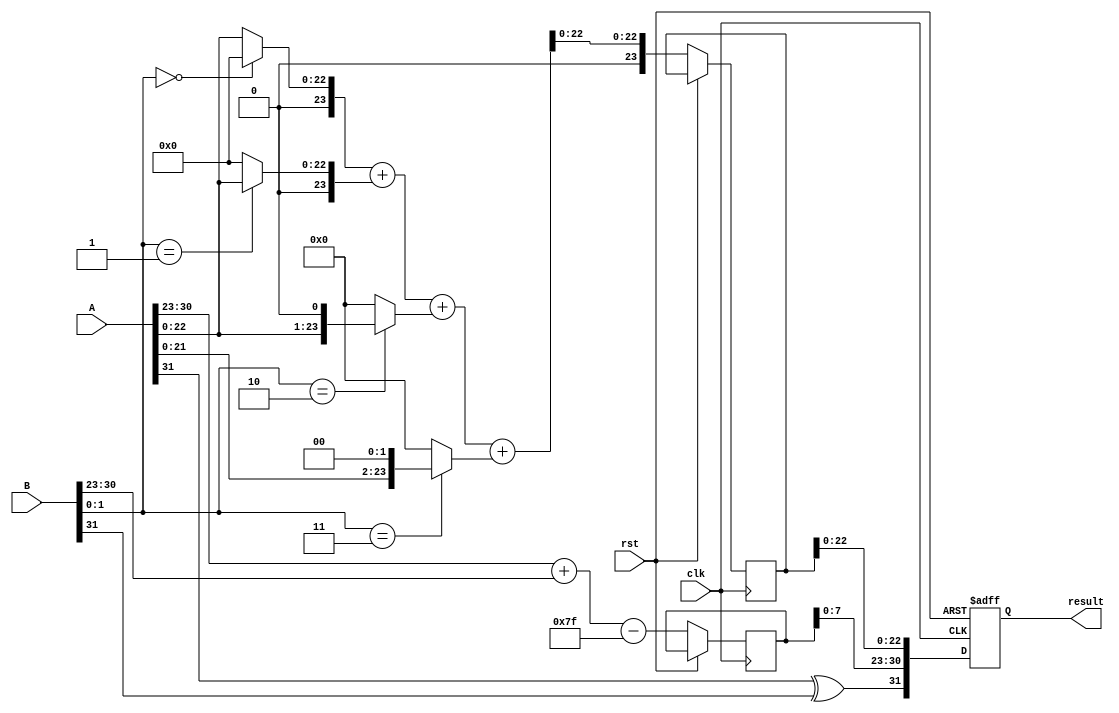
module radix4_fp_multiplier (
    input wire clk,
    input wire rst,
    input wire [31:0] A, // Input A (32 bits for single precision)
    input wire [31:0] B, // Input B (32 bits for single precision)
    output reg [31:0] result // Output result (32 bits for single precision)
);

    // IEEE 754 single precision constants
    localparam EXPONENT_BITS = 8;
    localparam MANTISSA_BITS = 23;
    localparam BIAS = 127;

    // Extract sign, exponent, and mantissa from inputs
    wire sign_A = A[31];
    wire [EXPONENT_BITS-1:0] exponent_A = A[30:23];
    wire [MANTISSA_BITS-1:0] mantissa_A = {1'b1, A[22:0]}; // Implicit leading 1

    wire sign_B = B[31];
    wire [EXPONENT_BITS-1:0] exponent_B = B[30:23];
    wire [MANTISSA_BITS-1:0] mantissa_B = {1'b1, B[22:0]}; // Implicit leading 1

    // Sign result
    wire sign_result = sign_A ^ sign_B;

    // Exponent result
    wire [EXPONENT_BITS:0] exponent_result = (exponent_A + exponent_B - BIAS);

    // Mantissa multiplication using Radix-4
    wire [2*MANTISSA_BITS:0] mantissa_product; // Result of mantissa multiplication
    wire [MANTISSA_BITS:0] partial_products [0:3]; // Partial products for Radix-4
    wire [2*MANTISSA_BITS:0] sum_partial_products; // Sum of partial products

    // Generate partial products based on Radix-4 encoding
    assign partial_products[0] = (mantissa_B[1:0] == 2'b00) ? 0 : mantissa_A; // 00 -> 0
    assign partial_products[1] = (mantissa_B[1:0] == 2'b01) ? mantissa_A : 0; // 01 -> A
    assign partial_products[2] = (mantissa_B[1:0] == 2'b10) ? {mantissa_A[MANTISSA_BITS-1:0], 1'b0} : 0; // 10 -> A << 1
    assign partial_products[3] = (mantissa_B[1:0] == 2'b11) ? {mantissa_A[MANTISSA_BITS-1:0], 2'b0} : 0; // 11 -> A << 2

    // Sum partial products
    assign sum_partial_products = partial_products[0] + partial_products[1] + partial_products[2] + partial_products[3];

    // Normalization and rounding (simplified)
    reg [MANTISSA_BITS:0] mantissa_result;
    reg [EXPONENT_BITS:0] adjusted_exponent;

    always @(posedge clk or posedge rst) begin
        if (rst) begin
            result <= 32'b0;
        end else begin
            // Handle normalization
            if (sum_partial_products[2*MANTISSA_BITS]) begin // If overflow
                mantissa_result <= sum_partial_products[2*MANTISSA_BITS-1:MANTISSA_BITS];
                adjusted_exponent <= exponent_result + 1;
            end else begin
                mantissa_result <= sum_partial_products[MANTISSA_BITS-1:0];
                adjusted_exponent <= exponent_result;
            end

            // Handle rounding (simplified)
            // Here you would implement the actual rounding logic as per IEEE 754
            // For simplicity, we will just truncate

            // Assemble final result
            result <= {sign_result, adjusted_exponent[EXPONENT_BITS-1:0], mantissa_result[MANTISSA_BITS-1:0]};
        end
    end

endmodule